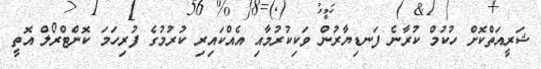
ޝަރީއަތްކޮށް ހުކުމް ކުރާނެ ފަނޑިޔާރުން ވަކިކުރުމާއި އެއްކައިރި ކުރުމުގެ ފުރިހަމަ ކޮންޓްރޯލް އޮތީ